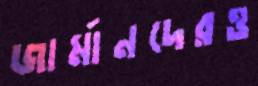
জার্মানদেরও